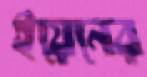
ইয়েনের